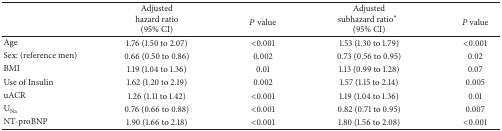
<table><thead><tr><td><b> </b></td><td><b>Adjustedhazard ratio (95% CI)</b></td><td><b><i>P</i> value</b></td><td><b>Adjustedsubhazard ratio<sup><i>∗</i></sup> (95% CI)</b></td><td><b><i>P</i> value</b></td></tr></thead><tbody><tr><td>Age</td><td>1.76 (1.50 to 2.07)</td><td>&lt;0.001</td><td>1.53 (1.30 to 1.79)</td><td>&lt;0.001</td></tr><tr><td>Sex: (reference men)</td><td>0.66 (0.50 to 0.86)</td><td>0.002</td><td>0.73 (0.56 to 0.95)</td><td>0.02</td></tr><tr><td>BMI</td><td>1.19 (1.04 to 1.36)</td><td>0.01</td><td>1.13 (0.99 to 1.28)</td><td>0.07</td></tr><tr><td>Use of Insulin</td><td>1.62 (1.20 to 2.19)</td><td>0.002</td><td>1.57 (1.15 to 2.14)</td><td>0.005</td></tr><tr><td>uACR</td><td>1.26 (1.11 to 1.42)</td><td>&lt;0.001</td><td>1.19 (1.04 to 1.36)</td><td>0.01</td></tr><tr><td>U<sub>Na</sub></td><td>0.76 (0.66 to 0.88)</td><td>&lt;0.001</td><td>0.82 (0.71 to 0.95)</td><td>0.007</td></tr><tr><td>NT-proBNP</td><td>1.90 (1.66 to 2.18)</td><td>&lt;0.001</td><td>1.80 (1.56 to 2.08)</td><td>&lt;0.001</td></tr></tbody></table>